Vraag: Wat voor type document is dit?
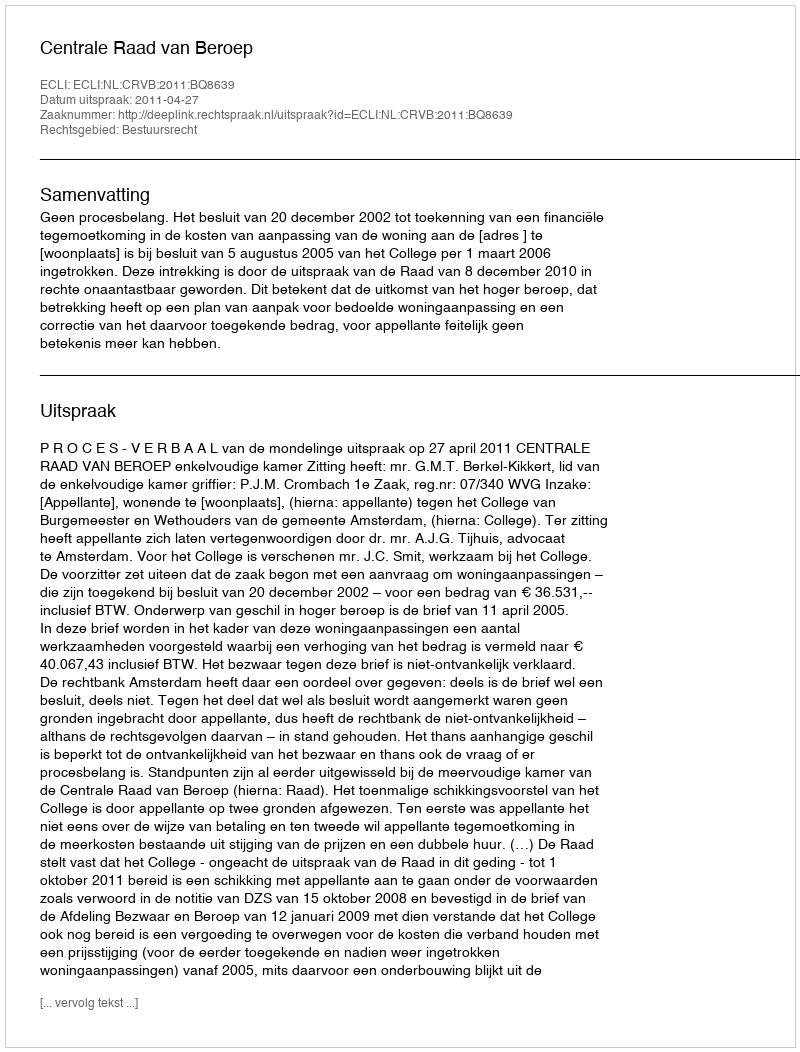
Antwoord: Uitspraak